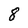
Character: 8